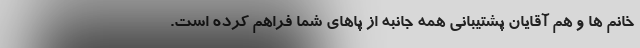
خانم ها و هم آقایان پشتیبانی همه جانبه از پاهای شما فراهم کرده است.